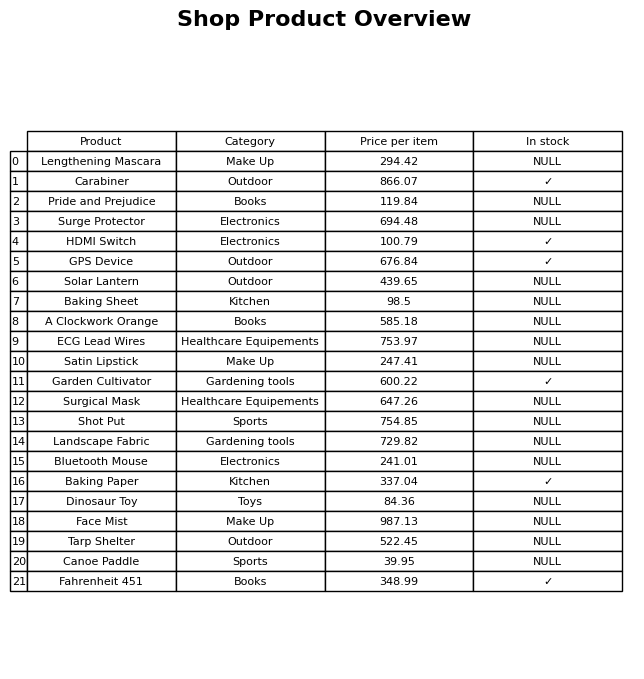
question: What is the stock status of the Lengthening Mascara?
answer: NULL